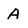
Character: A